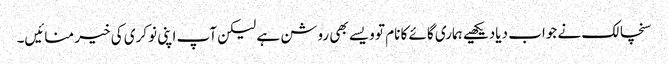
سنچالک نے جواب دیادیکھیے ہماری گائے کا نام تو ویسے بھی روشن ہے لیکن آپ اپنی نوکری کی خیر منائیں۔